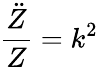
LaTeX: {\frac{\ddot{Z}}{Z}}=k^{2}